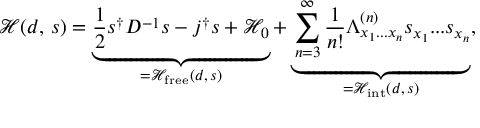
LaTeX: { \mathcal { H } } ( d , \, s ) = \underbrace { { \frac { 1 } { 2 } } s ^ { \dagger } D ^ { - 1 } s - j ^ { \dagger } s + { \mathcal { H } } _ { 0 } } _ { = { \mathcal { H } } _ { \mathrm { f r e e } } ( d , \, s ) } + \underbrace { \sum _ { n = 3 } ^ { \infty } { \frac { 1 } { n ! } } \Lambda _ { x _ { 1 } . . . x _ { n } } ^ { ( n ) } s _ { x _ { 1 } } . . . s _ { x _ { n } } } _ { = { \mathcal { H } } _ { \mathrm { i n t } } ( d , \, s ) } ,